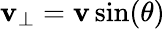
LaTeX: \mathbf{v}_{\perp}=\mathbf{v}\sin(\theta)